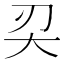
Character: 𠛇